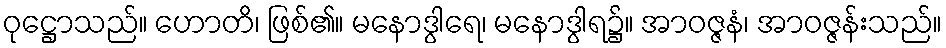
ဝုဋ္ဌောသည်။ ဟောတိ၊ ဖြစ်၏။ မနောဒွါရေ၊ မနောဒွါရ၌။ အာဝဇ္ဇနံ၊ အာဝဇ္ဇန်းသည်။